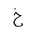
Letter: _kha